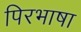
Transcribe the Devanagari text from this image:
पिरभाषा